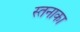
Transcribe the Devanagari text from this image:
स्तनाका